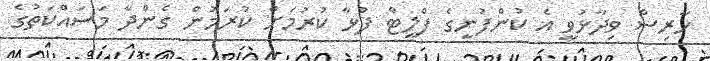
ހާރިސް ވިދާޅުވީ އެ ކުންފުނީގެ ފްލީޓް ފުޅާ ކުރުމަށް ކުރަމުން ގެންދާ މަސައްކަތުގެ